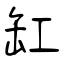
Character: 缸